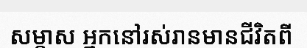
សម្ភាស អ្នកនៅរស់រានមានជីវិតពី